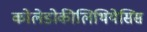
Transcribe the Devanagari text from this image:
कोलेडोकीलिथियेसिस